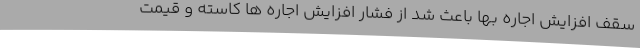
سقف افزایش اجاره بها باعث شد از فشار افزایش اجاره ها کاسته و قیمت